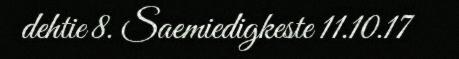
dehtie 8. Saemiedigkeste 11.10.17